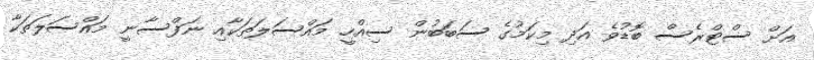
އަށް ސްޓްރެސް ބޮޑުވެ އަދި މިކަމުގެ ސަބަބުން ސިއްހީ މައްސަލަތަކާއި ނަފްސާނީ މައްސަލަތަކާ